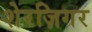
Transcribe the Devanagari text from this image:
शेरज़िगर